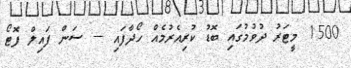
1500 މީޓަރު ދުވުމުގައި ބޮޑު ކުރިއެރުމެއް ހޯދާފައި --- ސަން ފައިލް ފޮޓޯ